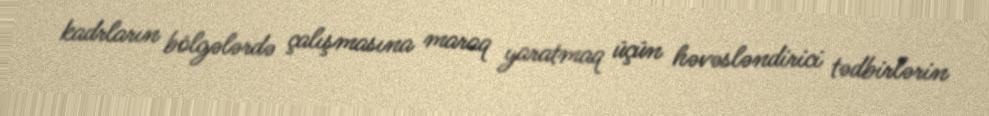
kadrların bölgələrdə çalışmasına maraq yaratmaq üçün həvəsləndirici tədbirlərin